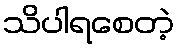
သိပါရစေတဲ့